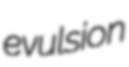
evulsion